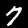
Digit: 7